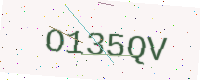
Text: O135QV